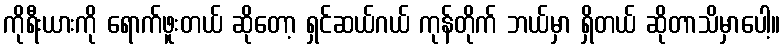
ကိုရီးယားကို ရောက်ဖူးတယ် ဆိုတော့ ရှင်ဆယ်ဂယ် ကုန်တိုက် ဘယ်မှာ ရှိတယ် ဆိုတာသိမှာပေါ့။